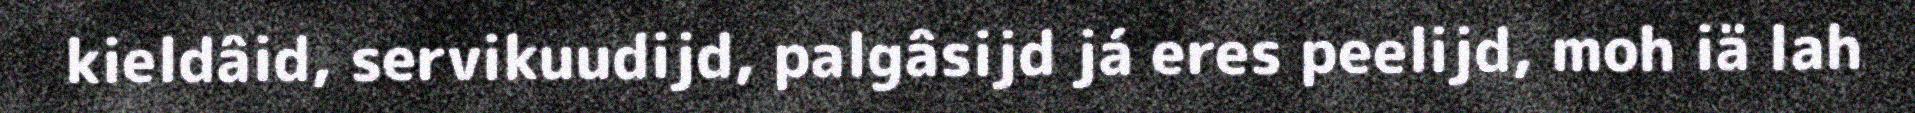
kieldâid, servikuudijd, palgâsijd já eres peelijd, moh iä lah